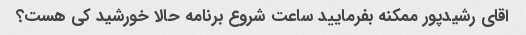
اقای رشیدپور ممکنه بفرمایید ساعت شروع برنامه حالا خورشید کی هست؟